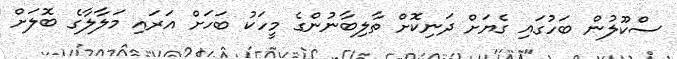
ސްކޫލުން ބަހުގައި ގެޔަށް ދަނިކޮށް ތާލިބާނުންގެ މީހަކު ބަހަށް އަރައި މަލާލާގެ ބޮލަށް